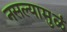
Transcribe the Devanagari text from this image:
नसल्यामुळं